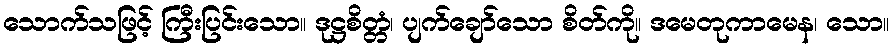
သောက်သဖြင့် ကြီးပြင်းသော။ ဒုဋ္ဌစိတ္တံ၊ ပျက်ချော်သော စိတ်ကို။ ဒမေတုကာမေန၊ သော။